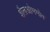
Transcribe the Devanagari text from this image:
शैलओभभोव